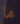
ما